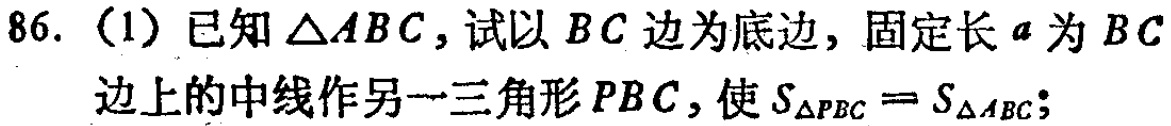
86. (1) 已知$\triangle ABC$，试以$BC$边为底边，固定长$a$为$BC$边上的中线作另一三角形$PBC$，使$S_{\triangle PBC}=S_{\triangle ABC}$；